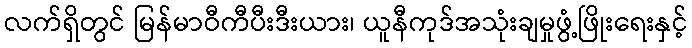
လက်ရှိတွင် မြန်မာဝီကီပီးဒီးယား၊ ယူနီကုဒ်အသုံးချမှုဖွံ့ဖြိုးရေးနှင့်